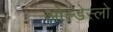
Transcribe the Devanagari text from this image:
ओल्डेस्लो